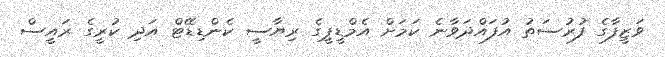
ވަޒީފާގެ ފުރުސަތު އުފައްދަވާނެ ކަމަށް އެމްޑީޕީގެ ރިޔާސީ ކެންޑިޑޭޓް އަދި ކުރީގެ ރައީސް